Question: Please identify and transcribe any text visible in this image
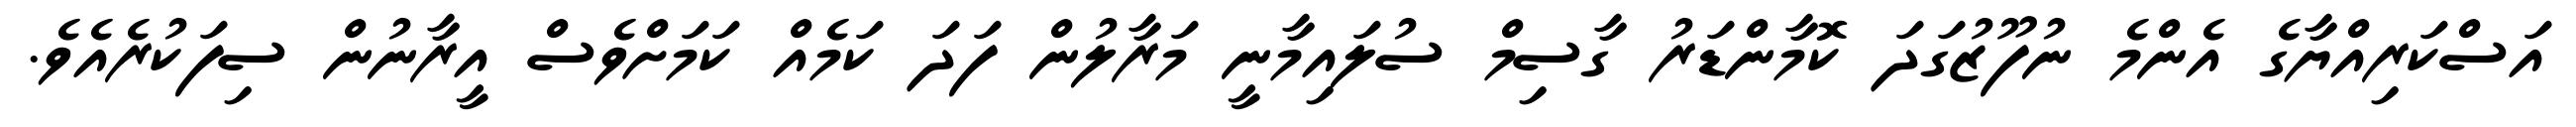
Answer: އަސްކަރިއްޔާގެ އެންމެ ނުފޫޒުގަދަ ކޮމާންޑަރު ގާސިމް ސުލައިމާނީ މަރާލުން ފަދަ ކަމެއް ކަމަށްވެސް އީރާނުން ސިފަކުރެއެވެ.